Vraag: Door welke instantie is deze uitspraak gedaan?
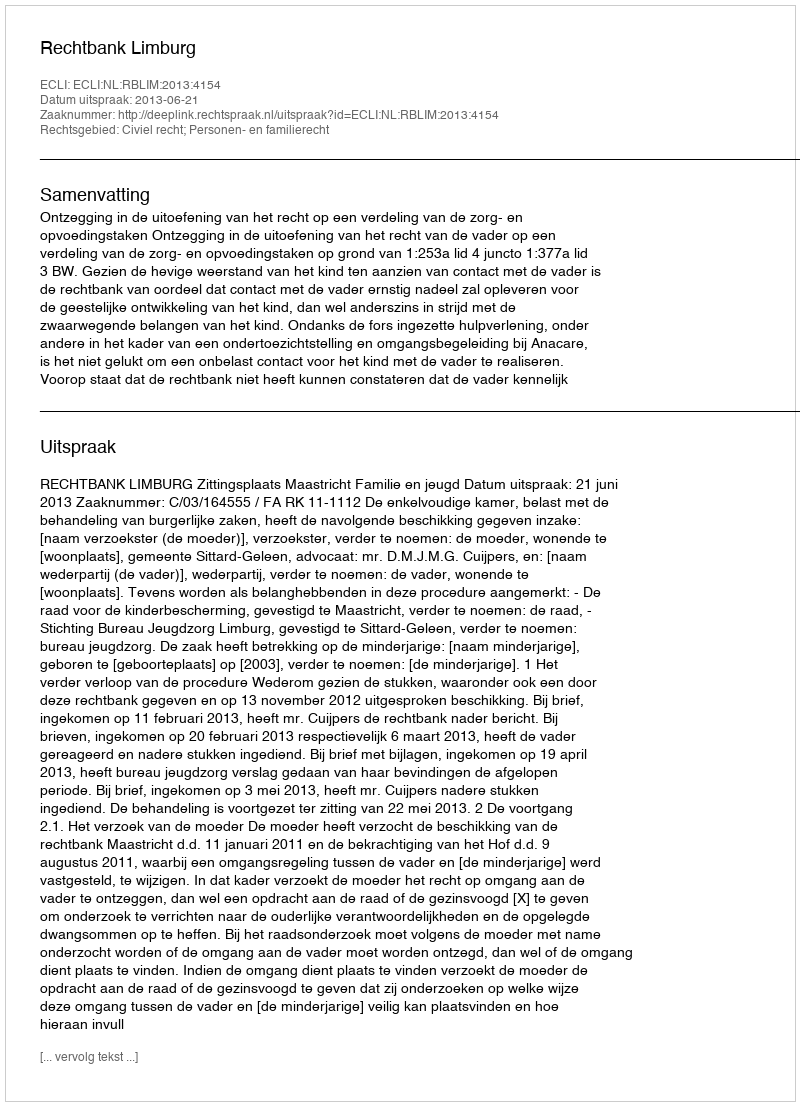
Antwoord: Rechtbank Limburg